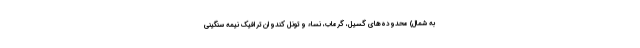
به شمال) محدوده‌های گسیل، گرماب، نساء و تونل کندوان ترافیک نیمه سنگینی